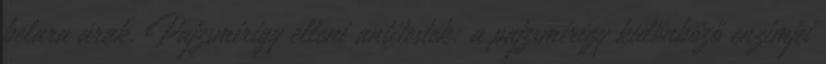
belara árak. Pajzsmirigy elleni antitestek: a pajzsmirigy különböző enzimjei